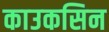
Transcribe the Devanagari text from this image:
काउकसिन